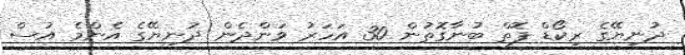
ދުނިޔޭގެ ރިކޯޑް ފޮތް ބުނާގޮތުން 30 އަހަރު ވަންދެން ދުނިޔޭގެ އެންމެ އުސް